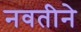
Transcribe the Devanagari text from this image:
नवतीने